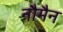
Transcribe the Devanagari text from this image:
नौमैन